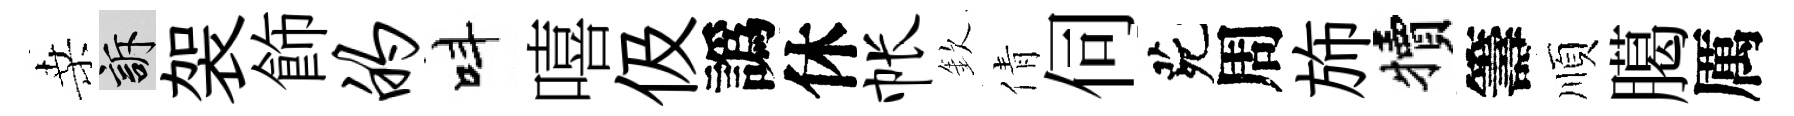
桑訴袈飾的呌嘻伋譌休帐欽倩伺茕周斾犢籌順臈厲